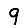
Digit: 9